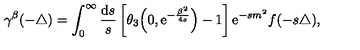
\gamma ^ { \beta } ( { - \triangle } ) = \int _ { 0 } ^ { \infty } { \frac { { \mathrm { d } } s } { s } } \left[ \theta _ { 3 } \Big ( 0 , { \mathrm { e } } ^ { - \frac { \beta ^ { 2 } } { 4 s } } \Big ) - 1 \right] { \mathrm e } ^ { - s m ^ { 2 } } f ( - s \triangle ) ,